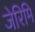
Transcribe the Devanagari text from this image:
जेरिमि